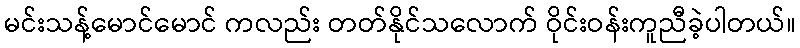
မင်းသန့်မောင်မောင် ကလည်း တတ်နိုင်သလောက် ဝိုင်းဝန်းကူညီခဲ့ပါတယ်။